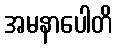
အမနာပေါတိ